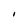
Character: I